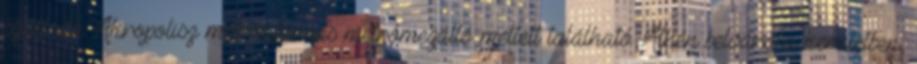
szálloda Akropolisz metróállomás metrómegálló mellett található Athén belvárosa kerületben,